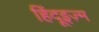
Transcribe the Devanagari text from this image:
हिंदूइज़्म